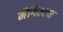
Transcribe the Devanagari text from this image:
मैगिल्टन